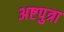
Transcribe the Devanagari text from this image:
अष्टपुत्रा